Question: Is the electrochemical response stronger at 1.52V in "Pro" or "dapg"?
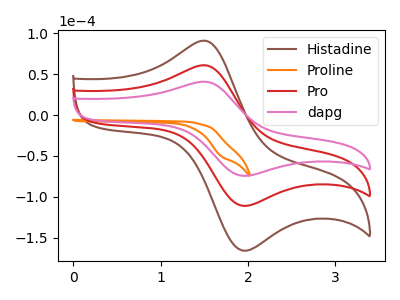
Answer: <think>The brown curve "Histadine" has an anodic peak at (1.50V, 121.20uA) and a cathodic peak at (1.95V, -222.10uA). The orange curve "Proline" has no peaks. The red curve "Pro" has an anodic peak at (1.50V, 60.60uA) and a cathodic peak at (1.95V, -111.05uA). The pink curve "dapg" has an anodic peak at (1.50V, 40.60uA) and a cathodic peak at (1.95V, -74.35uA).</think>
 <answer>The peak at 1.52V is higher in "Pro" than in "dapg".</answer>
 <eval>higher</eval>